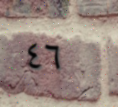
٤٦